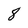
Character: 8